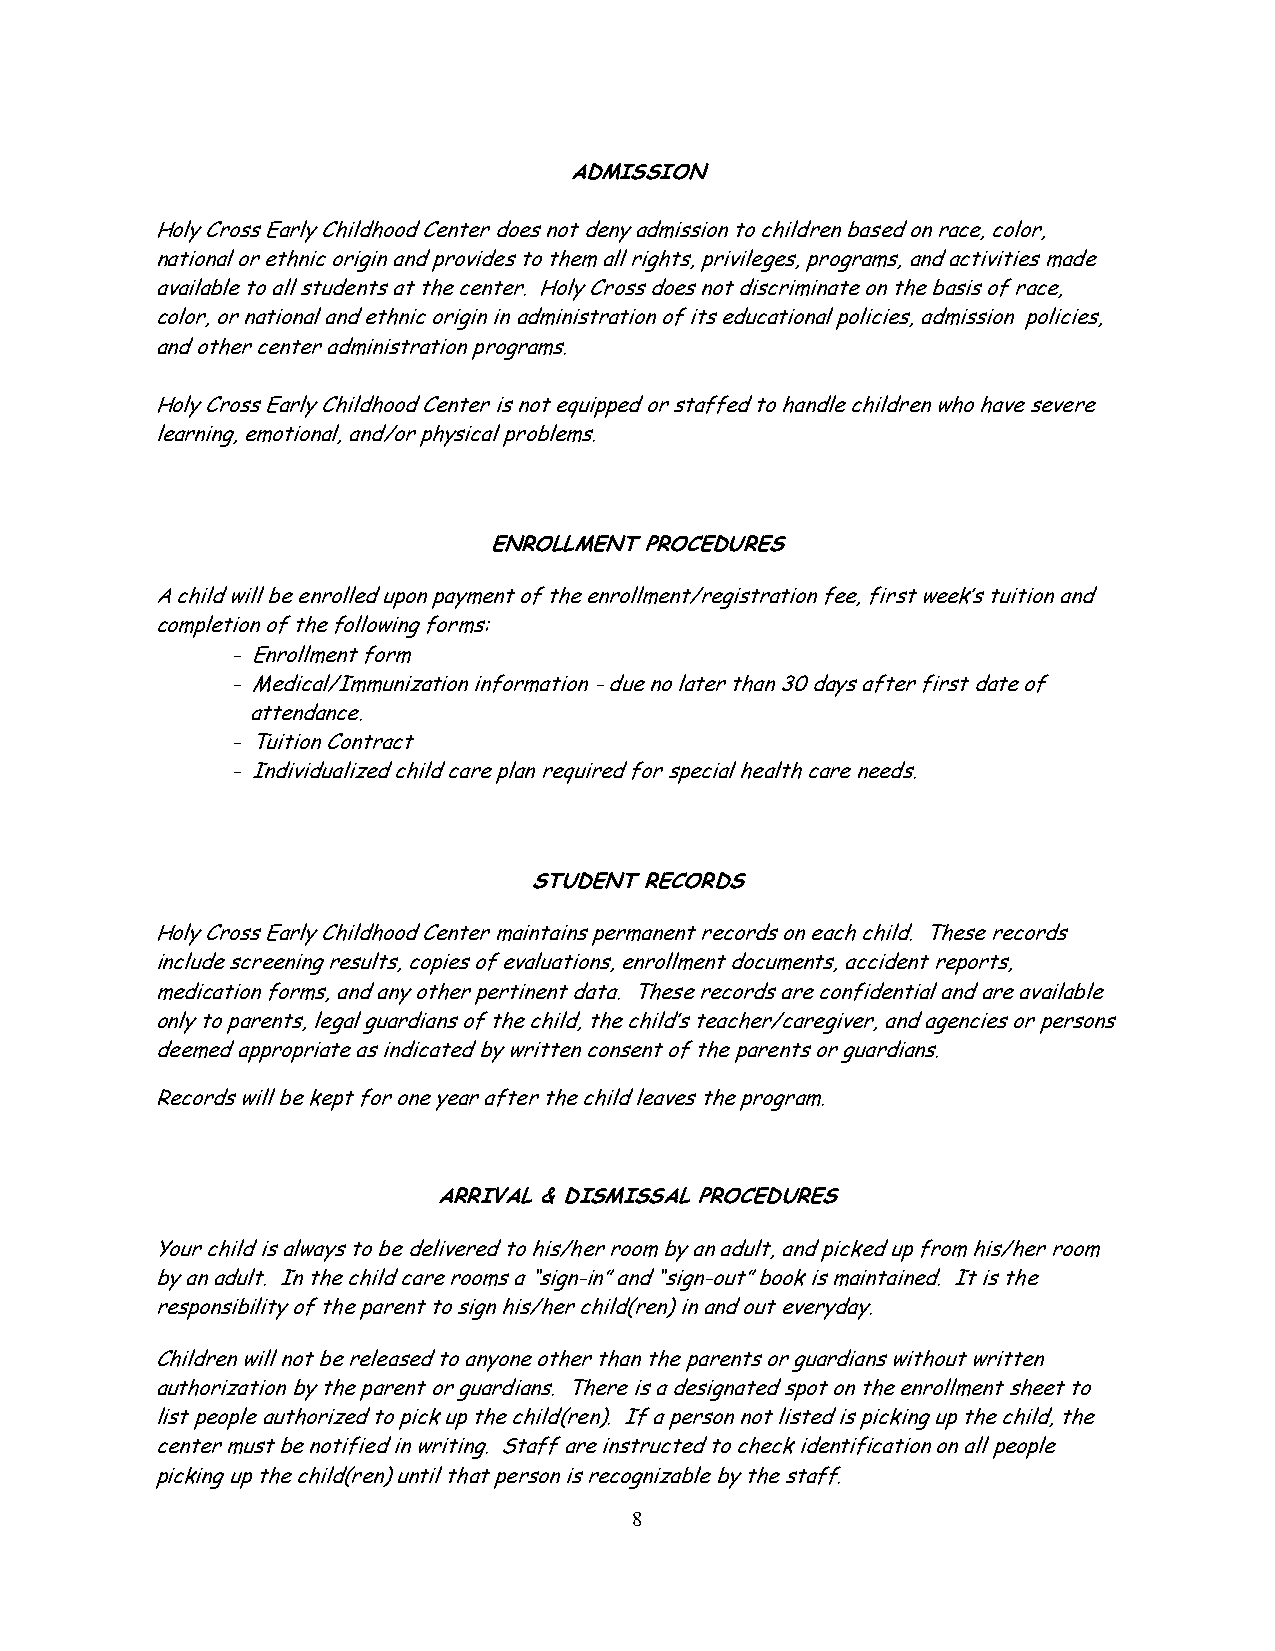
ADMISSION
 Holy Cross Early Childhood Center does not deny admission to children based on race, color,
 national or ethnic origin and provides to them all rights, privileges, programs, and activities made
 available to all students at the center. Holy Cross does not discriminate on the basis of race,
 color, or national and ethnic origin in administration of its educational policies, admission policies,
 and other center administration programs.
 Holy Cross Early Childhood Center is not equipped or staffed to handle children who have severe
 learning, emotional, and/or physical problems.
 ENROLLMENT PROCEDURES
 A child will be enrolled upon payment of the enrollment/registration fee, first week’s tuition and
 completion of the following forms:
 - Enrollment form
 - Medical/Immunization information - due no later than 30 days after first date of
 attendance.
 - Tuition Contract
 - Individualized child care plan required for special health care needs.
 STUDENT RECORDS
 Holy Cross Early Childhood Center maintains permanent records on each child. These records
 include screening results, copies of evaluations, enrollment documents, accident reports,
 medication forms, and any other pertinent data. These records are confidential and are available
 only to parents, legal guardians of the child, the child’s teacher/caregiver, and agencies or persons
 deemed appropriate as indicated by written consent of the parents or guardians.
 Records will be kept for one year after the child leaves the program.
 ARRIVAL & DISMISSAL PROCEDURES
 Your child is always to be delivered to his/her room by an adult, and picked up from his/her room
 by an adult. In the child care rooms a “sign-in” and “sign-out” book is maintained. It is the
 responsibility of the parent to sign his/her child(ren) in and out everyday.
 Children will not be released to anyone other than the parents or guardians without written
 authorization by the parent or guardians. There is a designated spot on the enrollment sheet to
 list people authorized to pick up the child(ren). If a person not listed is picking up the child, the
 center must be notified in writing. Staff are instructed to check identification on all people
 picking up the child(ren) until that person is recognizable by the staff.
 8